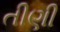
તીણી